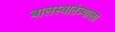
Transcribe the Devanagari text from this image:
बालस्वातंत्र्याला